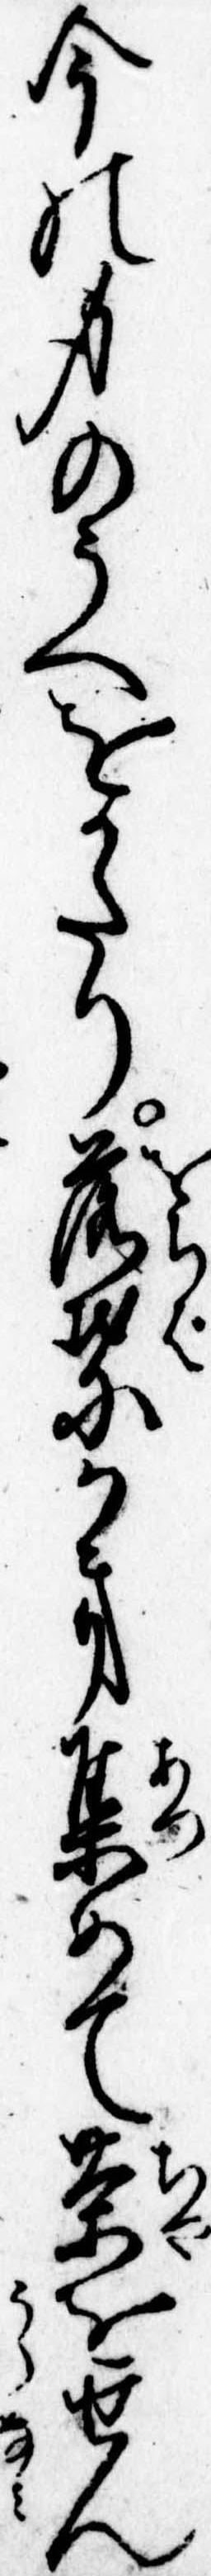
今の身のうへをかたり落葉かき集めて茶をせん